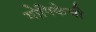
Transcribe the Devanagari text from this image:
गोपिकेची